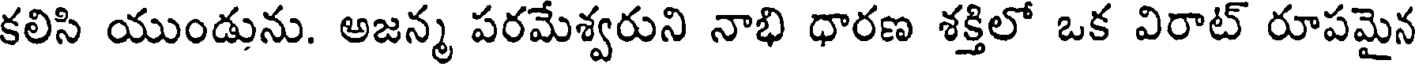
కలిసి యుండును. అజన్మ పరమేశ్వరుని నాభి ధారణ శక్తిలో ఒక విరాట్ రూపమైన